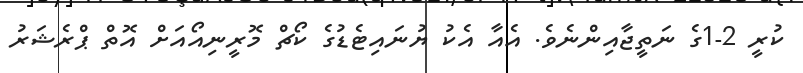
ކުރީ 2-1ގެ ނަތީޖާއިންނެވެ. އެއާ އެކު ޔުނައިޓެޑުގެ ކޯޗް މޮރީނިއޯއަށް އޮތް ޕްރެޝަރު